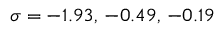
\sigma = - 1 . 9 3 , \, - 0 . 4 9 , \, - 0 . 1 9